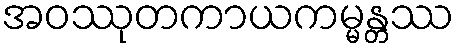
အဝဿုတကာယကမ္မန္တဿ